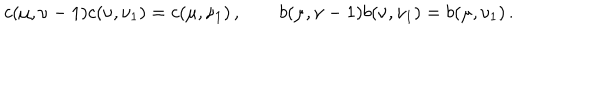
c ( \mu , \nu - 1 ) c ( \nu , \nu _ { 1 } ) = c ( \mu , \nu _ { 1 } ) \, , \qquad b ( \mu , \nu - 1 ) b ( \nu , \nu _ { 1 } ) = b ( \mu , \nu _ { 1 } ) \, .